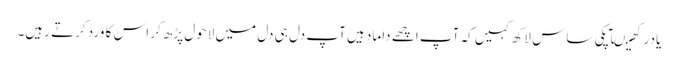
یادرکھیںآپکی ساس لاکھ کہیں کہ آپ اچھے داماد ہیں آپ دل ہی دل میں لاحول پڑھ کر اس کا ورد کرتے رہیں۔